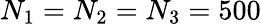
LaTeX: N_{1}=N_{2}=N_{3}=500